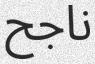
ناجح